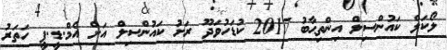
ލޯކަލް ކައުންސިލް އިންތިޙާބު 2017 ކުޑަހުވަދޫ ރަށު ކައުންސިލް އަށް އެމް.ޑީ.ޕީ ހަތަރު